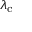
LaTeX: \lambda _ { \mathrm { c } }